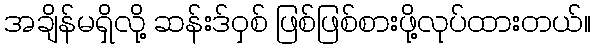
အချိန်မရှိလို့ ဆန်းဒ်ဝှစ် ဖြစ်ဖြစ်စားဖို့လုပ်ထားတယ်။